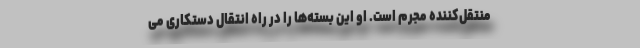
منتقل‌کننده مجرم است. او این بسته‌ها را در راه انتقال دستکاری می‌